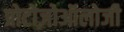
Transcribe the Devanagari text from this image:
प्रोटोज़ोऑलोजी